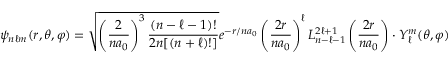
\psi _ { n \ell m } ( r , \theta , \varphi ) = { \sqrt { \left( { \frac { 2 } { n a _ { 0 } } } \right) ^ { 3 } { \frac { ( n - \ell - 1 ) ! } { 2 n [ ( n + \ell ) ! ] } } } } e ^ { - r / n a _ { 0 } } \left( { \frac { 2 r } { n a _ { 0 } } } \right) ^ { \ell } L _ { n - \ell - 1 } ^ { 2 \ell + 1 } \left( { \frac { 2 r } { n a _ { 0 } } } \right) \cdot Y _ { \ell } ^ { m } ( \theta , \varphi )